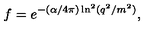
f = e ^ { - ( \alpha / 4 \pi ) \ln ^ { 2 } ( q ^ { 2 } / m ^ { 2 } ) } ,